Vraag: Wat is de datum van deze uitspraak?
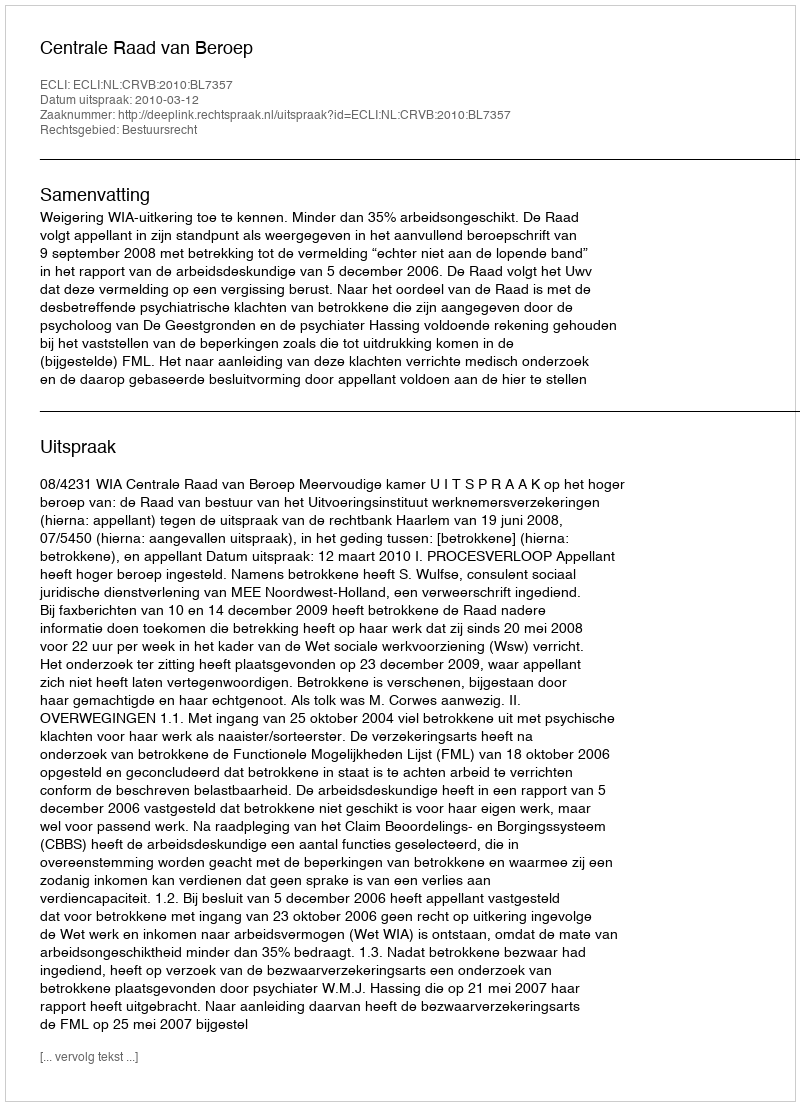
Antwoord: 2010-03-12